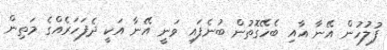
ފުލުހުން އޭނާ އާއި ބެހޭގޮތުން ބުނެފައި ވަނީ އޭނާ އަކީ ދެފަހަރެއްގެ މަތިން